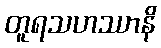
တူရသဟဿာနိ